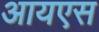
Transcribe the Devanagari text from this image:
आयएस